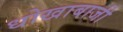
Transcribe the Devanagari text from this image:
धोखाबाजी